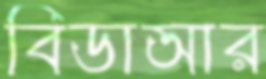
বিডাআর